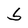
Character: S